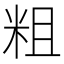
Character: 粗